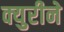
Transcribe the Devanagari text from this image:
क्युरीने